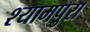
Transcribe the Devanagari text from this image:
श्यामपुरा